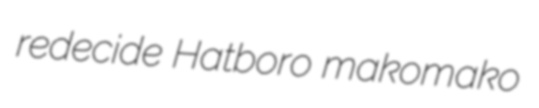
redecide Hatboro makomako